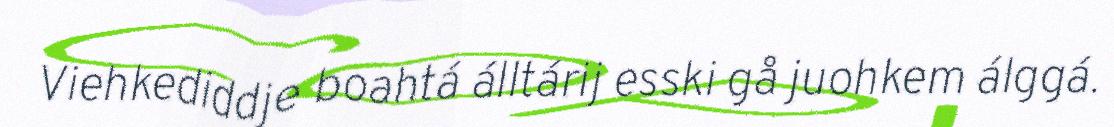
Viehkediddje boahtá álltárij esski gå juohkem álggá.